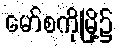
မော်စကိုမြို့၌